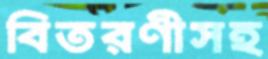
বিতরণীসহ